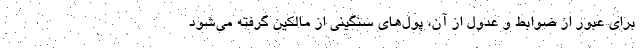
برای عبور از ضوابط و عدول از آن، پول‌های سنگینی از مالکین گرفته می‌شود